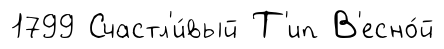
1799 Счастл'и́вый Т'ип В'есно́й